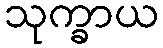
သုက္ခာယ